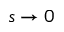
s \rightarrow 0